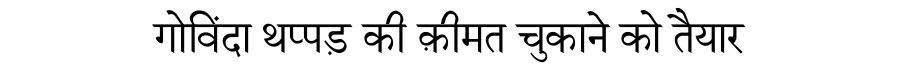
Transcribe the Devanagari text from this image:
गोविंदा थप्पड़ की क़ीमत चुकाने को तैयार